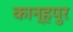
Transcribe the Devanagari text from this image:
कान्हपुर